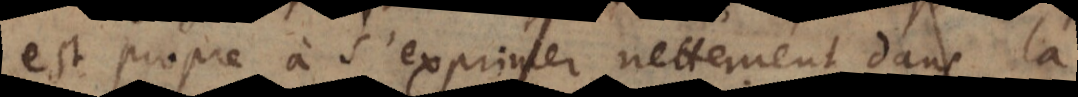
est propre à s’exprimer nettement dans la